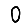
Digit: 0